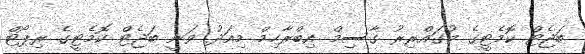
ބަޖެޓް ކޮމެޓީގެ މުގައްރިރު ގާސިމް އިބްރާހިމް މިއަދު ވަނީ ބަޖެޓް ކޮމެޓީގެ ރިޕޯޓް